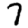
Digit: 7